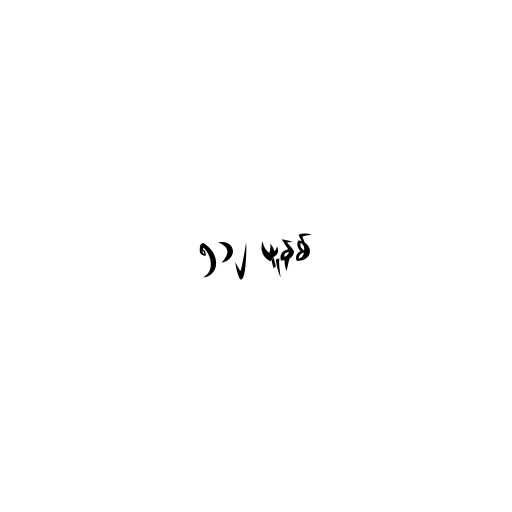
၅၁၂ ယူနစ်